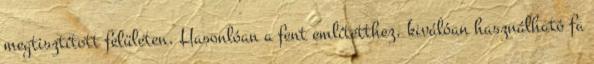
megtisztított felületen. Hasonlóan a fent említetthez, kiválóan használható fa